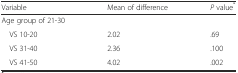
| Variable | Mean of difference | P value* |
 | --- | --- | --- |
 | Age group of 21-30 |  |  |
 | VS 10-20 | 2.02 | .69 |
 | VS 31-40 | 2.36 | .100 |
 | VS 41-50 | 4.02 | .002 |